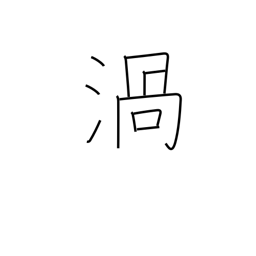
Meaning: vortex